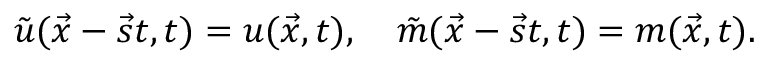
\tilde { u } ( \vec { x } - \vec { s } t , t ) = u ( \vec { x } , t ) , \quad \tilde { m } ( \vec { x } - \vec { s } t , t ) = m ( \vec { x } , t ) .